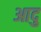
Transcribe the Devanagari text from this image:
आदु